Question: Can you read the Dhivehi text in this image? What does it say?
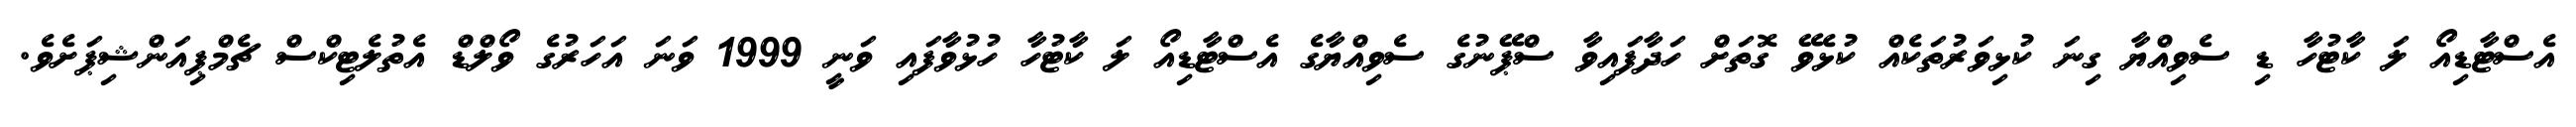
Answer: އެސްޓާޑިއޯ ލަ ކާޓުހާ ޑި ސެވިއްޔާ ގިނަ ކުޅިވަރުތަކެއް ކުޅެވޭ ގޮތަށް ހަދާފައިވާ ސްޕޭނުގެ ސެވިއްޔާގެ އެސްޓާޑިއޯ ލަ ކާޓުހާ ހުޅުވާފައި ވަނީ 1999 ވަނަ އަހަރުގެ ވޯލްޑް އެތުލެޓިކްސް ޗެމްޕިއަންޝިޕަށެވެ.